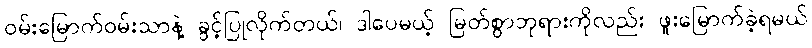
ဝမ်းမြောက်ဝမ်းသာနဲ့ ခွင့်ပြုလိုက်တယ်၊ ဒါပေမယ့် မြတ်စွာဘုရားကိုလည်း ဖူးမြောက်ခဲ့ရမယ်